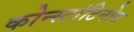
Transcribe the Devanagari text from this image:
कोन्स्टांटिनोस